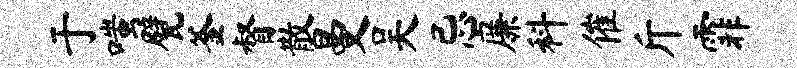
于嗤甓釜督散曼吴忌廉科催斤霏